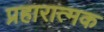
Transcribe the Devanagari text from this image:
प्रहारात्मक